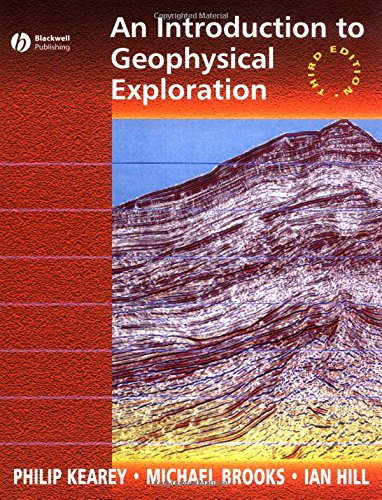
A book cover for An Introduction to Geophysical Exploration; Philip Kearey; Science & Math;